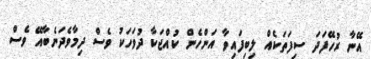
އޭނާ ރުހޭފަދަ ސިފަތަކެއް ލިބިފައިވާ އަންހެން ކުއްޖަކާ ދުވަހަކު ވެސް ދިމާވެދަނެބާއޭ ވެސް